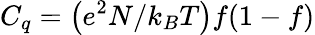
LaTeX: C_{q}=\left(e^{2}N/{k_{B}T}\right)f(1-f)